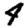
Digit: 4